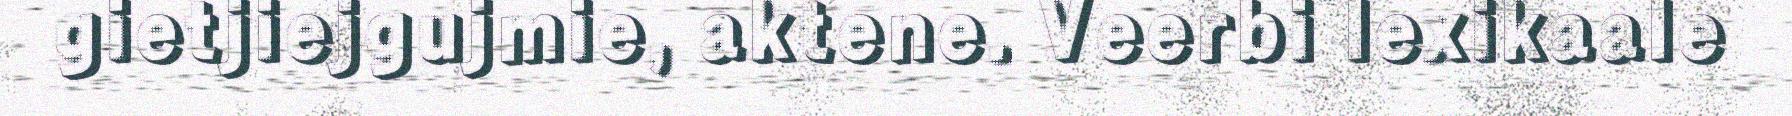
gietjiejgujmie, aktene. Veerbi lexikaale